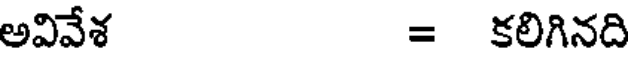
అవివేశ = కలిగినది